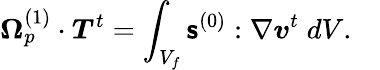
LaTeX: \boldsymbol{\Omega}_{p}^{(1)}\cdot\boldsymbol{T}^{t}=\int_{V_{f}}\boldsymbol{\mathsf{s}}^{(0)}:\nabla\boldsymbol{v}^{t}\; dV.\quad